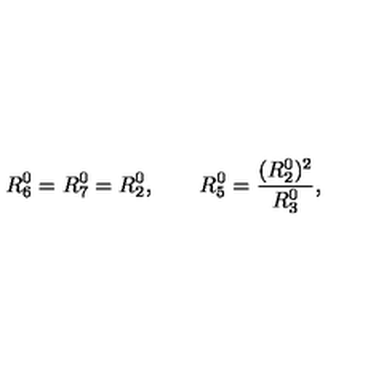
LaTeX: R _ { 6 } ^ { 0 } = R _ { 7 } ^ { 0 } = R _ { 2 } ^ { 0 } , \qquad R _ { 5 } ^ { 0 } = \frac { ( R _ { 2 } ^ { 0 } ) ^ { 2 } } { R _ { 3 } ^ { 0 } } ,